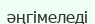
әңгімеледі